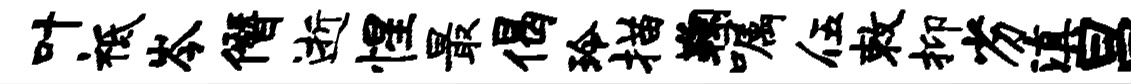
叶祗岑僭逝惺最偈玲描鞠嘱伍敕抑劣滇昌